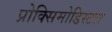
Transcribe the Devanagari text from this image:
प्रोक्सिमोडिस्टल